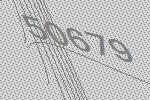
50679